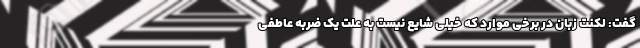
گفت: لکنت زبان در برخی موارد که خیلی شایع نیست به علت یک ضربه عاطفی